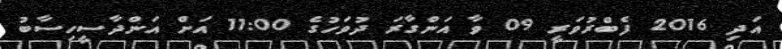
އަދި 2016 ފެބްރުވަރީ 09 ވާ އަންގާރަ ދުވަހުގެ 11:00 އަށް އަންދާސީހިސާބު